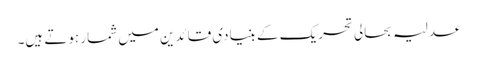
عدلیہ بحالی تحریک کے بنیادی قائدین میں شمار ہوتے ہیں۔